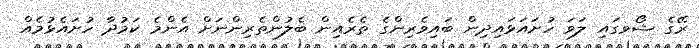
ރޭގެ ޝޯވގައި ލަވަ ހުށައަޅައިދިން ބައިވެރިންގެ ތެރެއިން ބެލުންތެރިންނަށް އެންމެ ކަމުދާ ހުށައެޅުމެއް